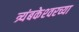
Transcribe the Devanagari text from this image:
त्र्यंबकेश्‍वरच्या